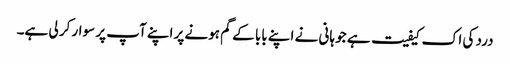
درد کی اک کیفیت ہے جو ہانی نے اپنے بابا کے گم ہونے پر اپنے آپ پر سوار کر لی ہے۔